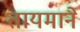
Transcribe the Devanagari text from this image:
तायमाने